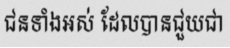
ជនទាំងអស់ ដែលបានជួយជា